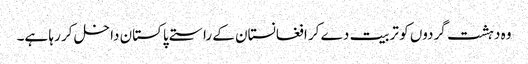
وہ دہشت گردوں کو تربیت دے کر افغانستان کے راستے پاکستان داخل کر رہا ہے۔